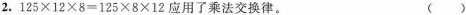
2.$$1 2 5 \times 1 2 \times 8 = 1 2 5 \times 8 \times 1 2$$应用了乘法交换律。（）